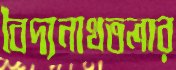
বৈদ্যনাথতলার